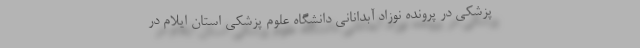
پزشکی در پرونده نوزاد آبدانانی دانشگاه علوم پزشکی استان ایلام در